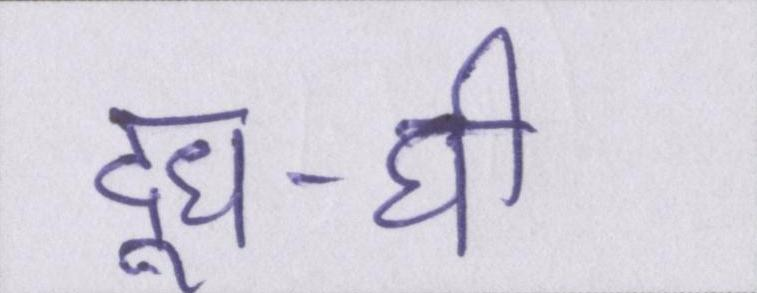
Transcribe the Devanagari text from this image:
दूध-घी